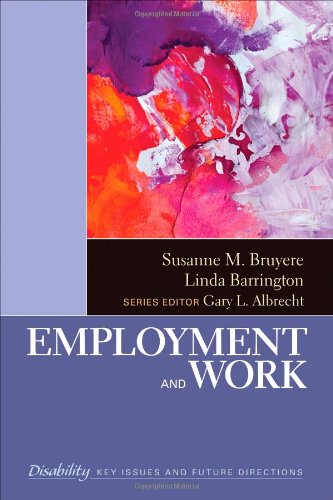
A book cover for Employment and Work (The SAGE Reference Series on Disability: Key Issues and Future Directions); Susanne Marie BruyÃ¨re; Business & Money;